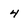
Character: 4